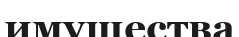
имущества